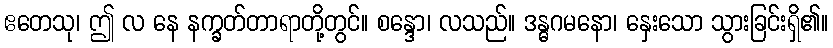
ဧတေသု၊ ဤ လ နေ နက္ခတ်တာရာတို့တွင်။ စန္ဒော၊ လသည်။ ဒန္ဓဂမနော၊ နှေးသော သွားခြင်းရှိ၏။